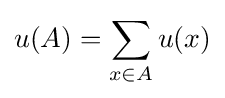
u(A)=\sum _{x\in A}u({x})